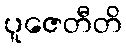
ပူဇေတီတိ